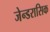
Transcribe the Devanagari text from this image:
जेन्डरासिक